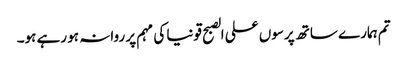
تم ہمارے ساتھ پرسوں علی الصبح قونیا کی مہم پر روانہ ہو رہے ہو۔